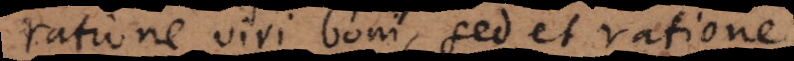
ratione viri boni, sed et ratione